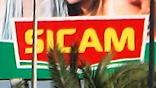
sicam